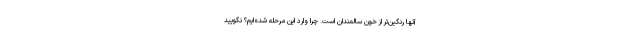
آنها رنگین‌تر از خون سالمندان است. چرا وارد این مرحله شده‌ایم؟ نگویید